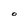
Character: O